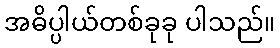
အဓိပ္ပါယ်တစ်ခုခု ပါသည်။